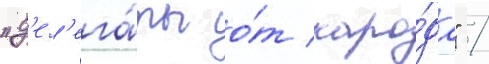
"д'ел'ега́ты о́т наро́да" /